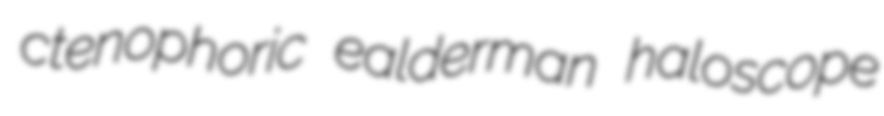
ctenophoric ealderman haloscope